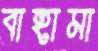
বাহামা